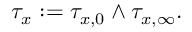
\tau _ { x } : = \tau _ { x , 0 } \wedge \tau _ { x , \infty } .